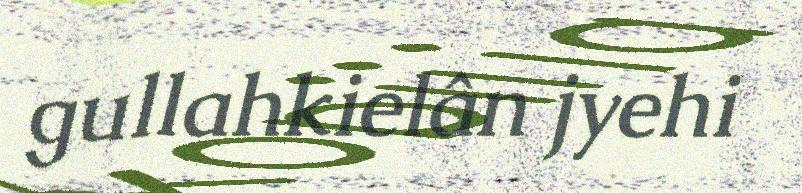
gullahkielân jyehi